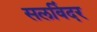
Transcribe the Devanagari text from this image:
सलविंदर